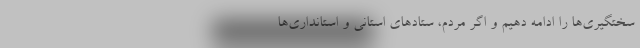
سختگیری‌ها را ادامه دهیم و اگر مردم، ستادهای استانی و استانداری‌ها